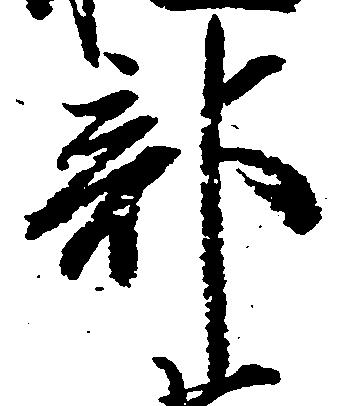
部